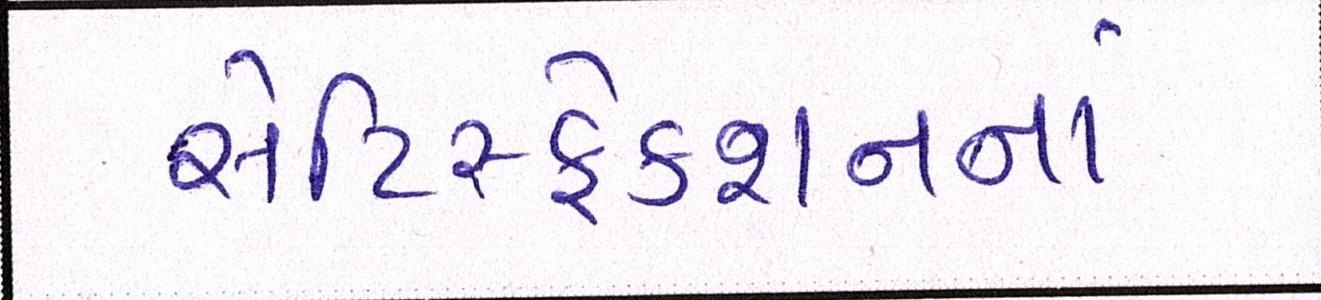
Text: સેટિસ્ફેક્શનનાં